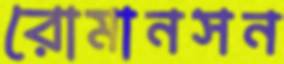
রোমানসন